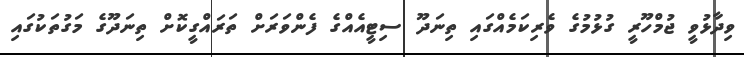
ވިދާޅުވީ ޖުމްހޫރީ ގުޅުމުގެ ވެރިކަމެއްގައި ތިނަދޫ ސިޓީއެއްގެ ފެންވަރަށް ތަރައްގީކޮށް ތިނަދޫގެ މަގުތަކުގައި